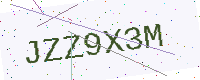
Text: JZZ9X3M